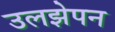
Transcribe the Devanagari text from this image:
उलझेपन